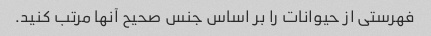
فهرستی از حیوانات را بر اساس جنس صحیح آنها مرتب کنید.